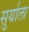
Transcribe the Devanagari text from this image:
सुर्याला